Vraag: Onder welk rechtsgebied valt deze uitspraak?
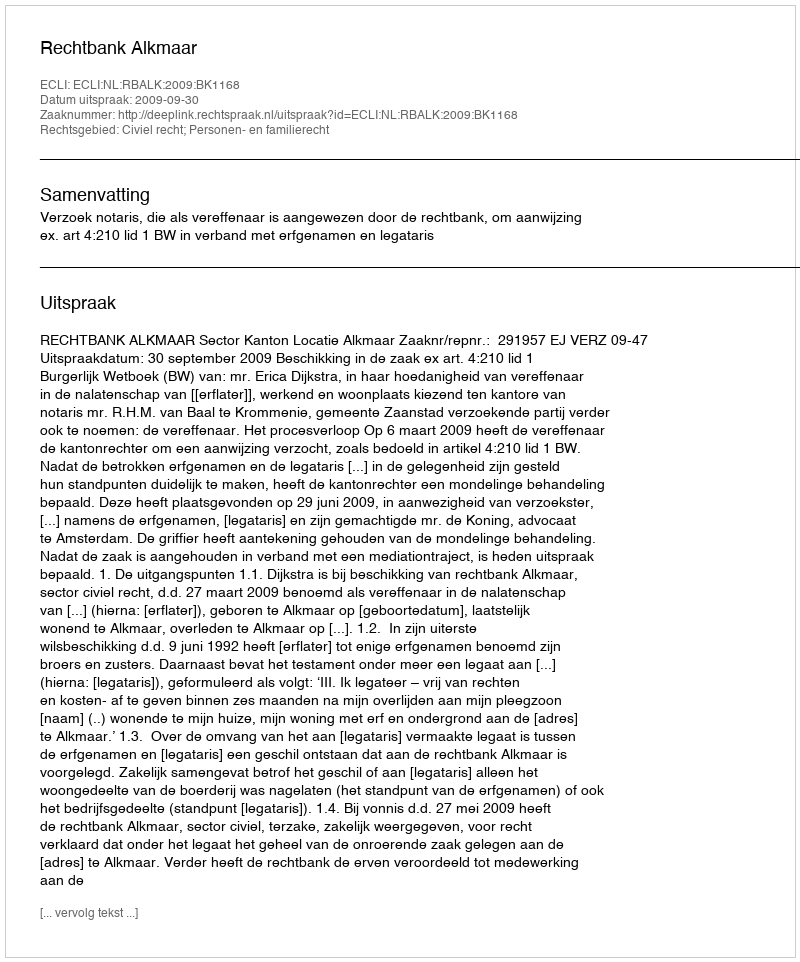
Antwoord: Civiel recht; Personen- en familierecht